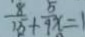
\frac { 8 } { 1 5 } + \frac { 5 } { 9 } x = 1